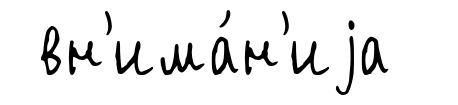
вн'има́н'иjа